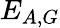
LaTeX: E_{A,G}